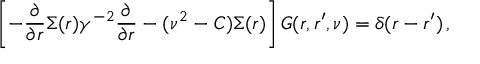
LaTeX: \left[ - \frac { \partial } { \partial r } \Sigma ( r ) \gamma ^ { - 2 } \frac { \partial } { \partial r } - ( \nu ^ { 2 } - C ) \Sigma ( r ) \right] G ( r , r ^ { \prime } , \nu ) = \delta ( r - r ^ { \prime } ) \, ,